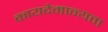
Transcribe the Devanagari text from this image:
कायदेमान्यता